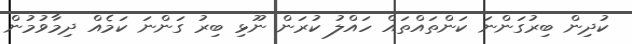
ކުދިން ބިރުގަންނަ ކަންތައްތައް ހައްލު ކުރަން ނޫޅި ބިރު ގަންނަ ކަމެއް ދިމާވުމުން